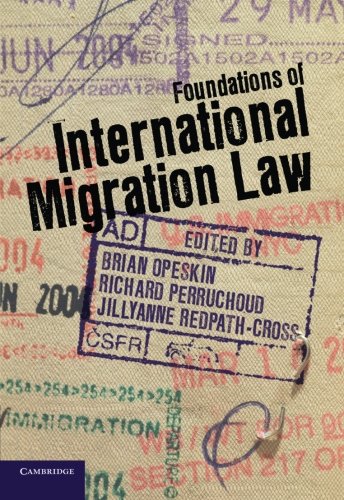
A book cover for Foundations of International Migration Law; Law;